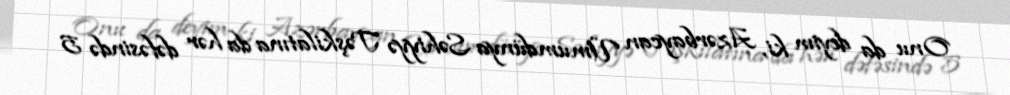
Onu da deyim ki, Azərbaycan Ümumdünya Səhiyyə Təşkilatına da hər dəfəsində 5